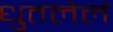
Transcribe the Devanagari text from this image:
धुतलेलं